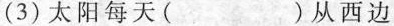
(3)太阳每天( )从西边